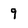
Character: 9